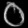
Digit: ၀